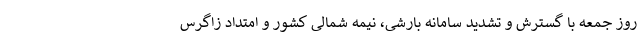
روز جمعه با گسترش و تشدید سامانه بارشی، نیمه شمالی کشور و امتداد زاگرس